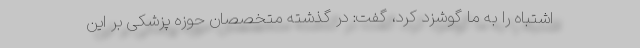
اشتباه را به ما گوشزد کرد، گفت: در گذشته متخصصان حوزه پزشکی بر این